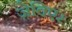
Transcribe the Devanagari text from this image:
ज़ेविएर